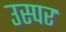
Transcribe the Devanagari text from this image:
उस्पर